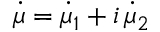
\dot { \mu } = \dot { \mu } _ { 1 } + i \, \dot { \mu } _ { 2 }